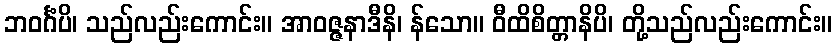
ဘဝင်္ဂံပိ၊ သည်လည်းကောင်း။ အာဝဇ္ဇနာဒီနိ၊ န်သော။ ဝီထိစိတ္တာနိပိ၊ တို့သည်လည်းကောင်း။